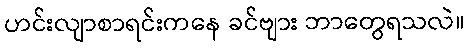
ဟင်းလျာစာရင်းကနေ ခင်ဗျား ဘာတွေရသလဲ။